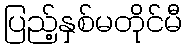
ပြည့်နှစ်မတိုင်မီ